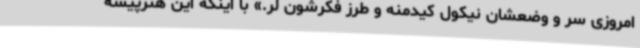
امروزی سر و وضعشان نیکول کیدمنه و طرز فکرشون لر.» با اینکه این هنرپیشه